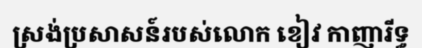
ស្រង់ប្រសាសន៍របស់លោក ខៀវ កាញារីទ្ធ